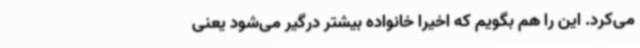
می‌کرد. این را هم بگویم که اخیراً خانواده بیشتر درگیر می‌شود یعنی